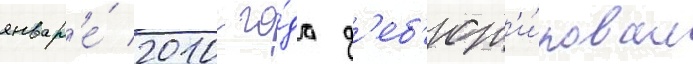
январ'е́ 2010 го́да д'еб'ют'и́ровал